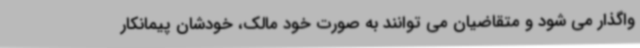
واگذار می شود و متقاضیان می توانند به صورت خود مالک، خودشان پیمانکار